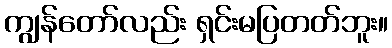
ကျွန်တော်လည်း ရှင်းမပြတတ်ဘူး။